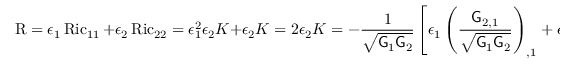
\operatorname { R } = \epsilon _ { 1 } \operatorname { R i c } _ { 1 1 } + \epsilon _ { 2 } \operatorname { R i c } _ { 2 2 } = \epsilon _ { 1 } ^ { 2 } \epsilon _ { 2 } K + \epsilon _ { 2 } K = 2 \epsilon _ { 2 } K = - \frac { 1 } { \sqrt { \mathsf { G } _ { 1 } \mathsf { G } _ { 2 } } } \left[ \epsilon _ { 1 } \left( \frac { \mathsf { G } _ { 2 , 1 } } { \sqrt { \mathsf { G } _ { 1 } \mathsf { G } _ { 2 } } } \right) _ { , 1 } + \epsilon _ { 2 } \left( \frac { \mathsf { G } _ { 1 , 2 } } { \sqrt { \mathsf { G } _ { 1 } \mathsf { G } _ { 2 } } } \right) _ { , 2 } \right] \, .